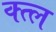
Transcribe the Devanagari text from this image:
क्त्ल